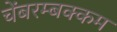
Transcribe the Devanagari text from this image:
चेंबरम्बक्कम